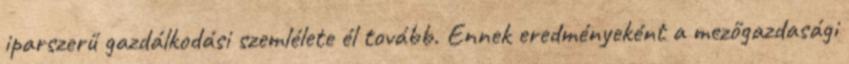
iparszerű gazdálkodási szemlélete él tovább. Ennek eredményeként a mezőgazdasági